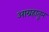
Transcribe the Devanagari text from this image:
आग्रहातून